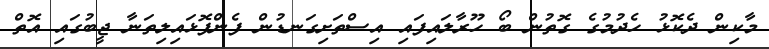
މާކިން ދެކޮޅު ހެދުމުގެ ގޮތުން ބޯ ހޫރާލައިފައި އިސްތަށިގަނޑުން ފެންފޮޅައިލިތަނާ ޖީބުގައި އޮތް